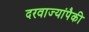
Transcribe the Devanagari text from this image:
दरवाज्यांपैकी